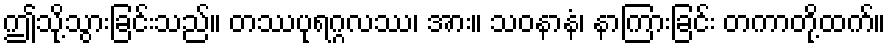
ဤသို့သွားခြင်းသည်။ တဿပုရဂ္ဂလဿ၊ အား။ သဝနာနံ၊ နာကြားခြင်း တကာတို့ထက်။